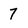
Character: 7